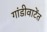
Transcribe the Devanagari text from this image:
गांडीवाटेंत